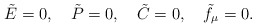
\begin{align*}\tilde{E} =0, ~~~\tilde{P} =0,~~~\tilde{C}= 0, ~~~\tilde{f}_{\mu}=0.\end{align*}